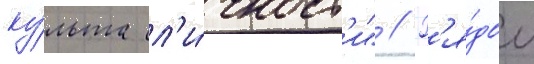
ку́льта л'и́чност'и" // Р'я́дом